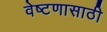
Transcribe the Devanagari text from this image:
वेष्टणासाठी